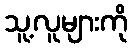
သူ့လူများကို